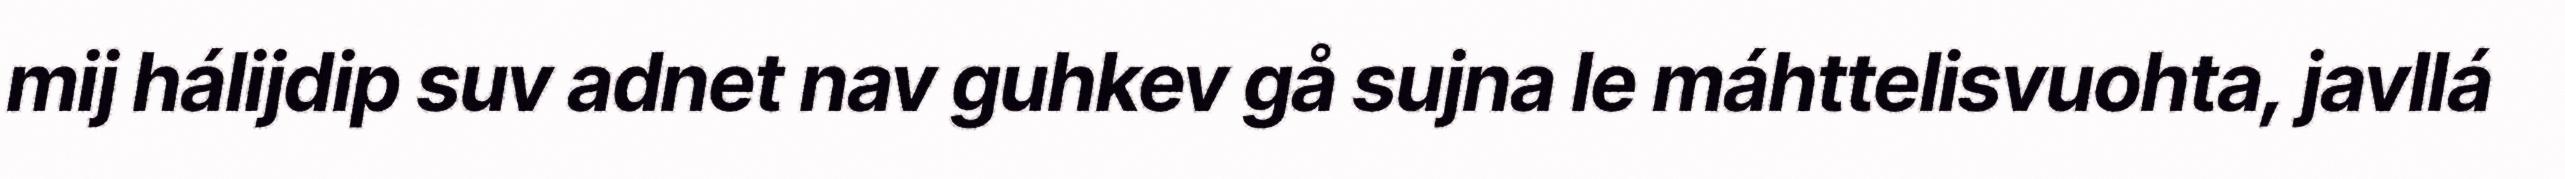
mij hálijdip suv adnet nav guhkev gå sujna le máhttelisvuohta, javllá